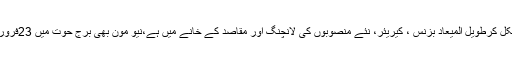
سیارہ شمس چار ہفتوں کے لئے برج حوت میں ہے،آپ کے بزنس لیڈر شپ اور جاب کے خانے سے نکل کرطویل المیعاد بزنس ، کیریئر، نئے منصوبوں کی لانچنگ اور مقاصد کے خانے میں ہے،نیو مون بھی برج حوت میں 23فروری کوہوا، یہ تعلقات اور مشترکہ بزنس ، تنظیم اور اداروں کا خانہ بھی ہے ،یہ شعبے ہی اہم رہیں گے۔